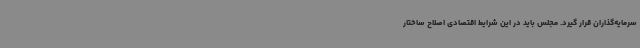
سرمایه‌گذاران قرار گیرد. مجلس باید در این شرایط اقتصادی اصلاح ساختار